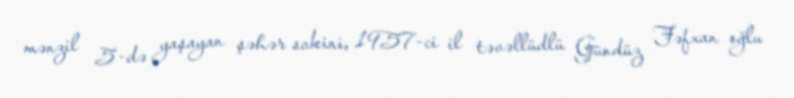
mənzil 5-də yaşayan şəhər sakini, 1957-ci il təvəllüdlü Gündüz Fəfxan oğlu